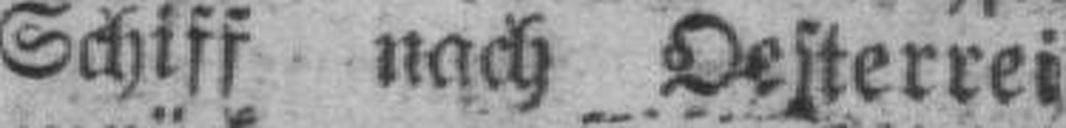
Schiff nach Oesterrei